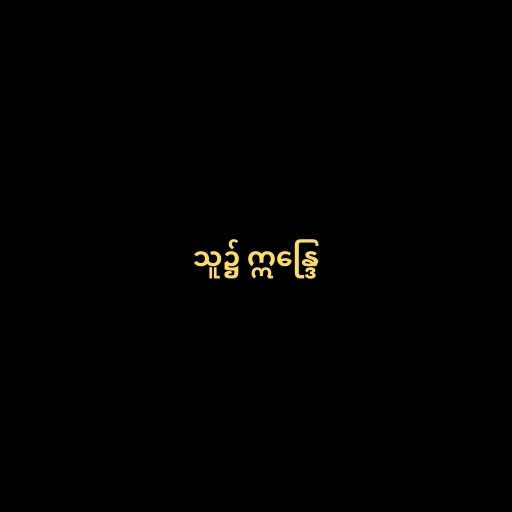
သူ၌ ဣန္ဒြေ